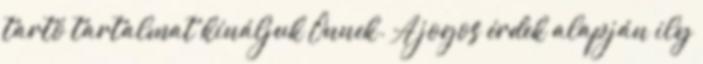
tartó tartalmat kínáljuk Önnek. A jogos érdek alapján ily